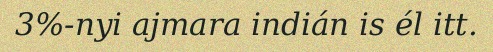
3%-nyi ajmara indián is él itt.